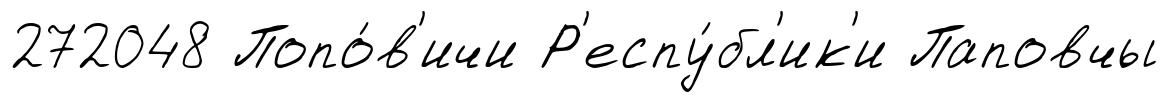
272048 Попо́в'ичи Р'еспу́бл'ик'и Паповчы